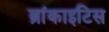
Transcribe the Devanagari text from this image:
ब्रांकाइटिस